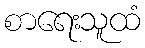
စာရေးသူထံ